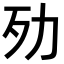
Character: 𣦺